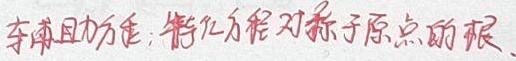
求曲线方程: 特征方程对称于原点的根.